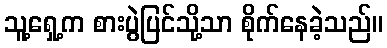
သူ့ရှေ့က စားပွဲပြင်သို့သာ စိုက်နေခဲ့သည်။